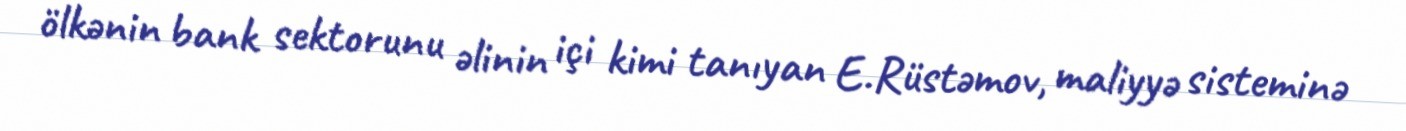
ölkənin bank sektorunu əlinin içi kimi tanıyan E.Rüstəmov, maliyyə sisteminə